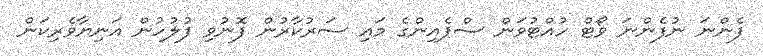
ފެންނަ ނުފެންނަ ވޯޓް ހުއްޓުވަން ސްޕެއިންގެ މައި ސަރުކާރުން ފޮނުވި ފުލުހުން އަނިޔާވެރިކަން